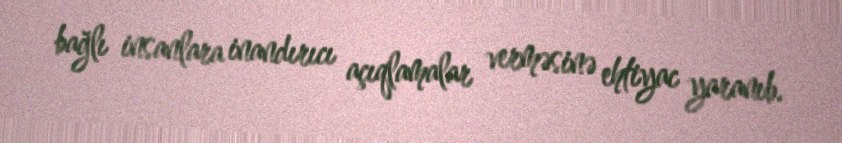
bağlı insanlara inandırıcı açıqlamalar verməsinə ehtiyac yaranıb.